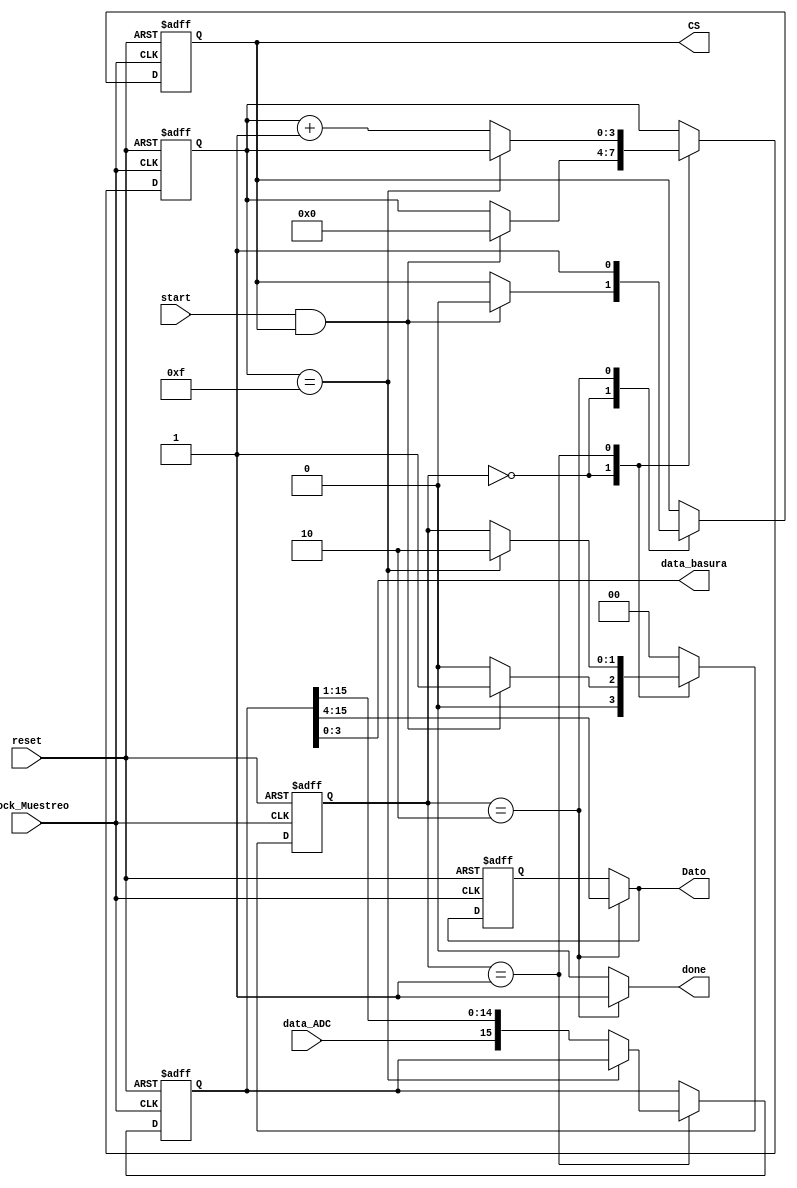
`timescale 1ns / 1ps
//////////////////////////////////////////////////////////////////////////////////
// Company: 
// Engineer: 
// 
// Design Name: 
// Module Name:    Protocolo_ADC 
// Project Name: 
// Target Devices: 
// Tool versions: 
// Description: 
//
// Dependencies: 
//
// Revision: 
// Revision 0.01 - File Created
// Additional Comments: 
//
//////////////////////////////////////////////////////////////////////////////////
module Protocolo_ADC(
input wire Clock_Muestreo,reset, 
input wire data_ADC,
input wire start,
output reg done,
output wire CS,
output wire [3:0] data_basura,
output wire [11:0] Dato
);
 
// se definen los estados de la maquina 

localparam [1:0]
                Inicio=2'b00,
					 Capturar=2'b01,
					 Listo=2'b10;
// variables de logica de la maquina 
					 
reg [15:0] Data_Act,Data_next;
reg [11:0] Dato_final_A,Dato_final_N;
reg CS_A , CS_N; 
reg [1:0] Estado_Act,Estado_Next;
reg [3:0]contador_A,contador_N; 

// Acualizacion de los estados actuales y reset

always@(posedge Clock_Muestreo,posedge reset)
       begin 
		      if(reset)
				   begin
				   Data_Act <= 0;
               CS_A <= 1;
					Estado_Act <= 0;
					contador_A <= 0;
					Dato_final_A <=0;
				   end
            else 
				   begin 
				   Data_Act <= Data_next;
					CS_A <= CS_N;
					Estado_Act <= Estado_Next;
					contador_A <= contador_N;
					Dato_final_A <= Dato_final_N;
					end 
			end 
			
// logica de estado proximo de la maquina 

always @*
      begin 
		Data_next = Data_Act;
		CS_N = CS_A;
		Estado_Next = Estado_Act;
		contador_N = contador_A;
		Dato_final_N = Dato_final_A;
		done = 1'b0; 
		case (Estado_Act)
		      
				Inicio :  if(start && CS_N)
				             begin
				             CS_N = 1'b0;
							    Estado_Next = Capturar;
							    contador_N = 4'd0;
							    end 
							 else 
							    Estado_Next = Inicio;
		    Capturar :  
			           if(contador_N == 15)
						     Estado_Next = Listo;
							else 
							  begin 
							  Data_next = {data_ADC,Data_next[15:1]};
							  contador_N = contador_N + 1'b1;
							  end
			 Listo :
			            begin
							done = 1'b1;
							CS_N = 1'b1;
							Dato_final_N = Data_next[15:4];
							Estado_Next = Inicio;
							end 
							
			default :   Estado_Next = Inicio;
			endcase
			end 
// asignaciones a las salidas del modulo 
assign CS = CS_A;
assign data_basura = Data_Act[3:0];
assign Dato = Dato_final_N;
endmodule